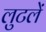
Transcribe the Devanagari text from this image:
लुटलें